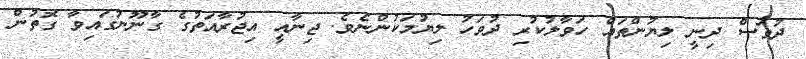
ދުވަސް ދިނީ ލިޔުންތައް ހަވާލުކުރި ދުވަހު ލިޔުމަކުންނެވެ. ޖިނާއީ އިޖުރާއަތުގެ ގާނޫނުގައިވާ ގޮތުން